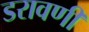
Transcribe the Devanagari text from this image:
डरावणी